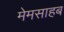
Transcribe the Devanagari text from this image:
मेमसाहब